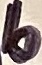
Text: b